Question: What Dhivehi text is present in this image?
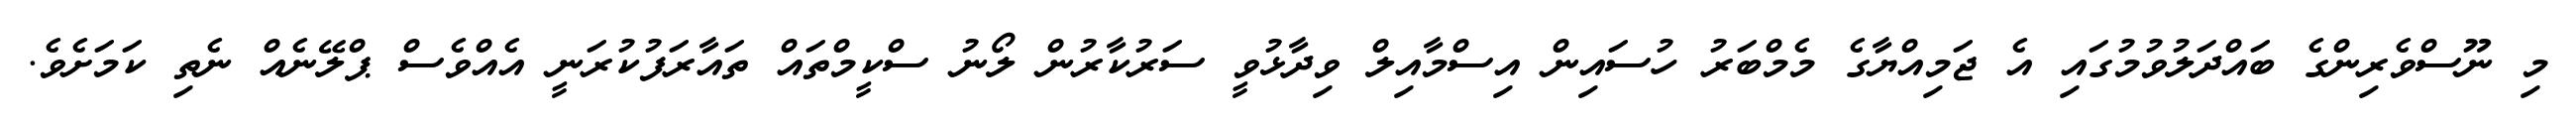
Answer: މި ނޫސްވެރިންގެ ބައްދަލުވުމުގައި އެ ޖަމިއްޔާގެ މެމްބަރު ހުސައިން އިސްމާއިލް ވިދާޅުވީ ސަރުކާރުން ލޯނު ސްކީމްތައް ތައާރަފުކުރަނީ އެއްވެސް ޕްލޭނެއް ނެތި ކަމަށެވެ.